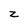
Character: z